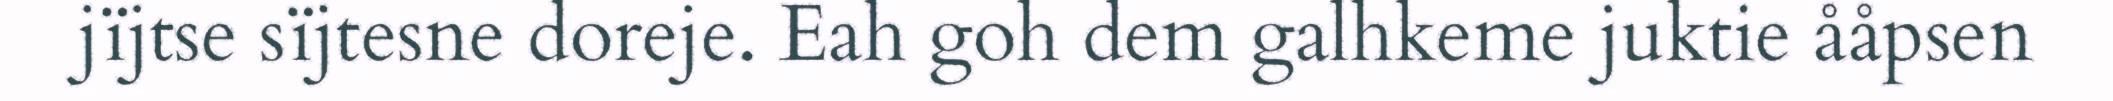
jïjtse sïjtesne doreje. Eah goh dem galhkeme juktie ååpsen